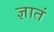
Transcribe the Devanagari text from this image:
ज्ञातं